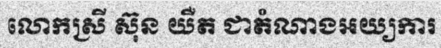
លោកស្រី ស៊ុន យឺត ជាតំណាងអយ្យការ